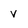
Character: v